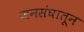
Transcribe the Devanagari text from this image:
जनसंघातून